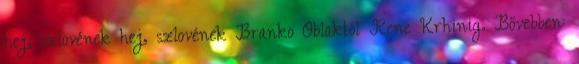
hej, szlovének hej, szlovének Branko Oblaktól Rene Krhinig. Bővebben: